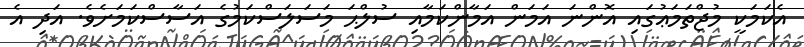
އެކަމަކީ މުޖްތަމަޢުގައި އޮންނަ އަމަން އަމާންކަމާއި ސުލްޙަ މަސަލަސްކަމުގެ އަސާސްކަމަށެވެ. އަދި އެ